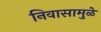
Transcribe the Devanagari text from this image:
निवासामुळे